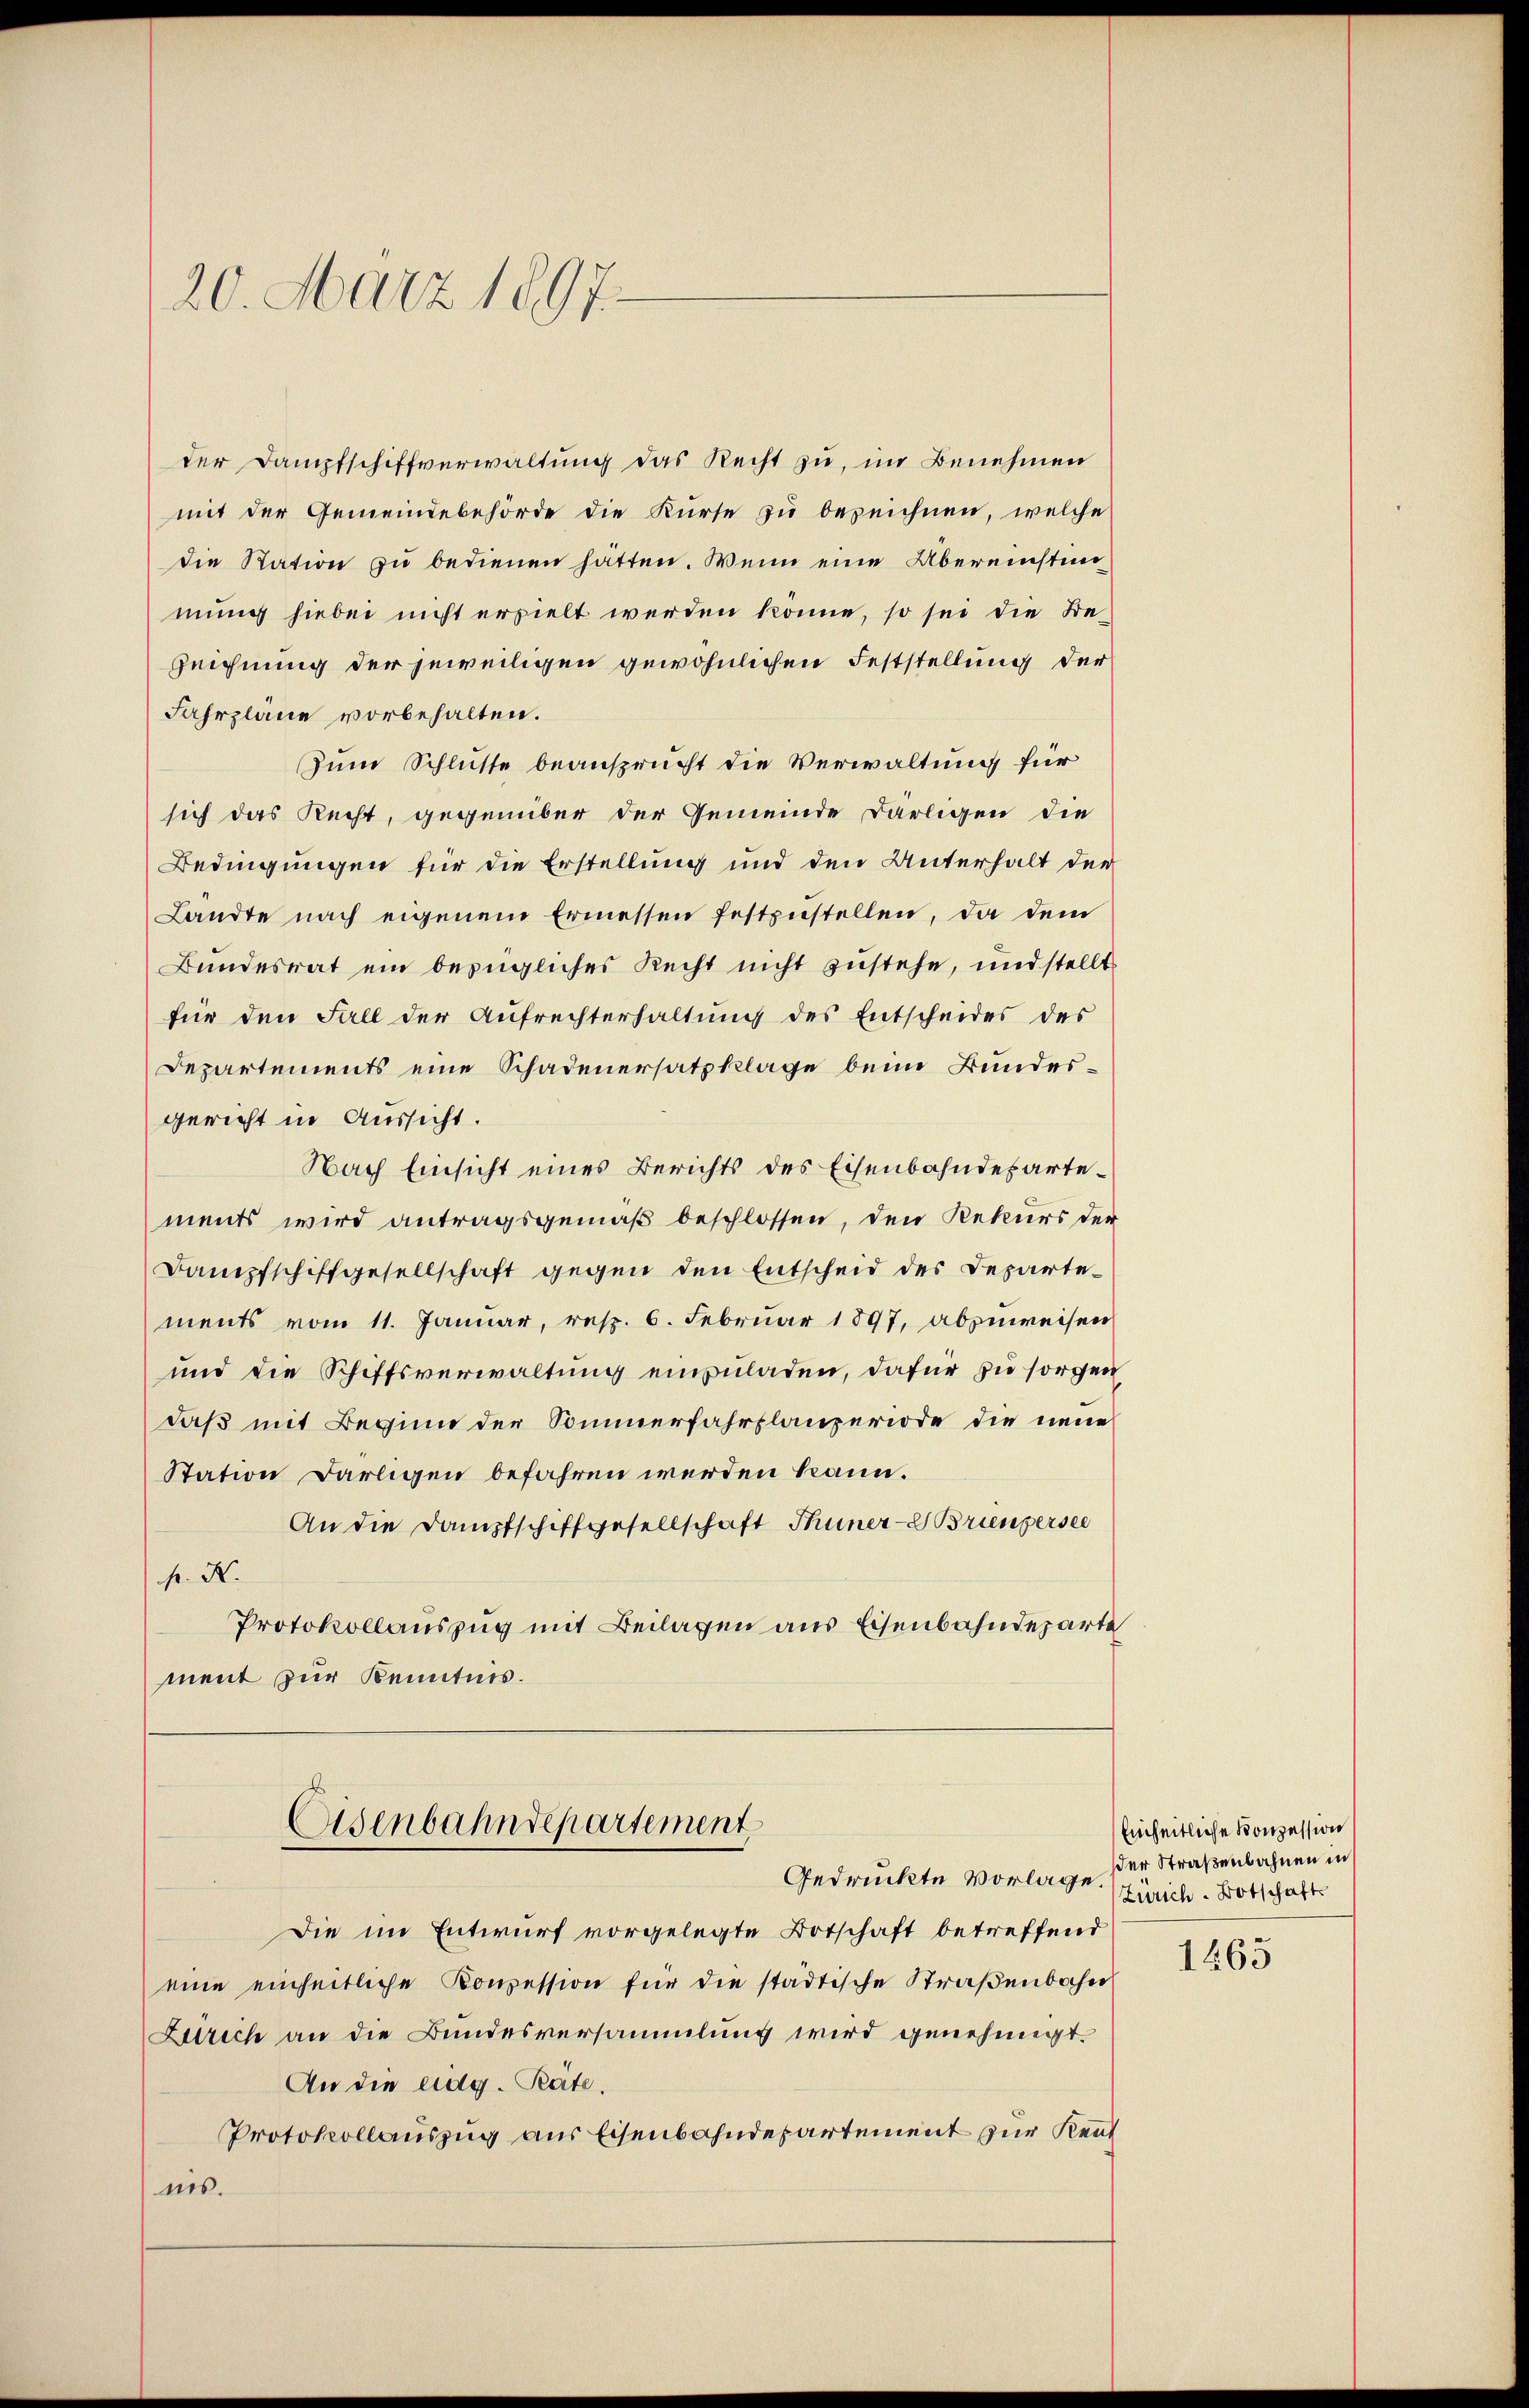
20. März 1897.

der Dampfschiffverwaltung das Recht zu, im Benehmen
mit der Gemeindebehörde die Kurse zu bezeichnen, welche
die Station zu bedienen hätten. Wenn eine Übereinstimmung hiebei nicht erzielt werden könne, so sei die Be¬
Zeichnung der jeweiligen gewöhnlichen Feststellung der
Fahrplane vorbehalten.
Zum Schlusse beansprucht die Verwaltung für
sich das Recht, gegenüber der Gemeinde Darlegen die
Bedingungen für die Erstellung und den Unterhalt der
Landte nach eigenem Ermessen festzŭstellen, da dem
Bundesrat ein bezügliches Recht nicht zustehe, und stellt
für den Fall der Aufrechterhaltung des Entscheides des
Departements eine Schadenersatzklage beim Bundesgericht in Aussicht.
Nach Einsicht eines Berichts des Eisenbahndepartements wird antragsgemäß beschlossen, den Rekurs der
Dampfschiffgesellschaft gegen den Entscheid des Departements vom 11. Januar, resp. 6. Februar 1897, abzuweisen
und die Schiffsverwaltung einzuladen, dafür zu sorgen
daß mit Beginn der Sommerfahrplanzeriode die neue
Station darligen befahren werden kann.
An die Dampfschiffgesellschaft Thuner- Brienpersee
K. K.
Protokollauszug mit Beilagen aus Eisenbahndeparte
ment zur Kenntnis.

Die im Entwurf vorgelegte Botschaft betreffend
eine einheitliche Konzession für die städtische Straßenbahn
Zürich an die Bundesversammlung wird genehmigt.
An die eidg. Pate.
Protokollauszug aus Eisenbahndepartement zur Kent
nis.

Asenbahndepartement
Gedrückte Vorlage.

Einheitliche Konzession
er Straßenbahnen in
Zürich. Botschafts

1465